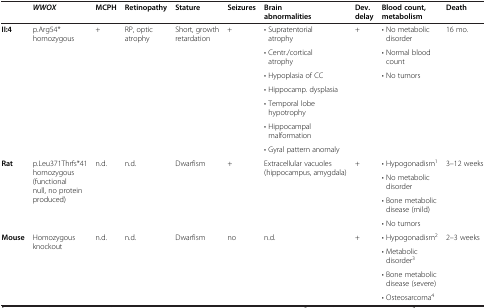
<table><thead><tr><td><b> </b></td><td><b><i>WWOX</i></b></td><td><b>MCPH</b></td><td><b>Retinopathy</b></td><td><b>Stature</b></td><td><b>Seizures</b></td><td><b>Brain abnormalities</b></td><td><b>Dev. delay</b></td><td><b>Blood count, metabolism</b></td><td><b>Death</b></td></tr></thead><tbody><tr><td rowspan="7"><b>II:4</b></td><td rowspan="7">p.Arg54* homozygous</td><td rowspan="7">+</td><td rowspan="7">RP, optic atrophy</td><td rowspan="7">Short, growth retardation</td><td rowspan="7">+</td><td>• Supratentorial atrophy</td><td>+</td><td>• No metabolic disorder</td><td rowspan="7">16 mo.</td></tr><tr><td>• Centr./cortical atrophy</td><td> </td><td>• Normal blood count</td></tr><tr><td>• Hypoplasia of CC</td><td rowspan="5"> </td><td rowspan="5">• No tumors</td></tr><tr><td>• Hippocamp. dysplasia</td></tr><tr><td>• Temporal lobe hypotrophy</td></tr><tr><td>• Hippocampal malformation</td></tr><tr><td>• Gyral pattern anomaly</td></tr><tr><td rowspan="4"><b>Rat</b></td><td rowspan="4">p.Leu371Thrfs*41 homozygous (functional null, no protein produced)</td><td rowspan="4">n.d.</td><td rowspan="4">n.d.</td><td rowspan="4">Dwarfism</td><td rowspan="4">+</td><td rowspan="4">Extracellular vacuoles (hippocampus, amygdala)</td><td rowspan="4">+</td><td>• Hypogonadism<sup>1</sup></td><td rowspan="4">3–12 weeks</td></tr><tr><td>• No metabolic disorder</td></tr><tr><td>• Bone metabolic disease (mild)</td></tr><tr><td>• No tumors</td></tr><tr><td rowspan="3"><b>Mouse</b></td><td rowspan="3">Homozygous knockout</td><td rowspan="3">n.d.</td><td rowspan="3">n.d.</td><td rowspan="3">Dwarfism</td><td rowspan="3">no</td><td rowspan="3">n.d.</td><td rowspan="3">+</td><td>• Hypogonadism<sup>2</sup></td><td rowspan="3">2–3 weeks</td></tr><tr><td>• Metabolic disorder<sup>3</sup></td></tr><tr><td>• Bone metabolic disease (severe)</td></tr><tr><td> </td><td> </td><td> </td><td> </td><td> </td><td> </td><td> </td><td> </td><td>• Osteosarcoma<sup>4</sup></td><td> </td></tr></tbody></table>